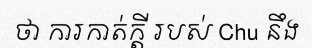
ថា ការកាត់ក្តី របស់ Chu នឹង